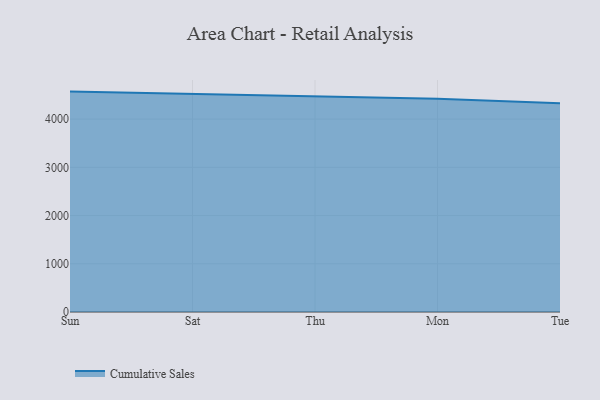
{"axis": {"x": "Day", "y": "Net Income (USD K)"}, "legend": ["Cumulative Sales"], "data": [{"x": "Sun", "y": 4570.5, "type": "Cumulative Sales"}, {"x": "Sat", "y": 4519.8, "type": "Cumulative Sales"}, {"x": "Thu", "y": 4465.7, "type": "Cumulative Sales"}, {"x": "Mon", "y": 4421.9, "type": "Cumulative Sales"}, {"x": "Tue", "y": 4329.4, "type": "Cumulative Sales"}]}